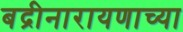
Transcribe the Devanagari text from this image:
बद्रीनारायणाच्या